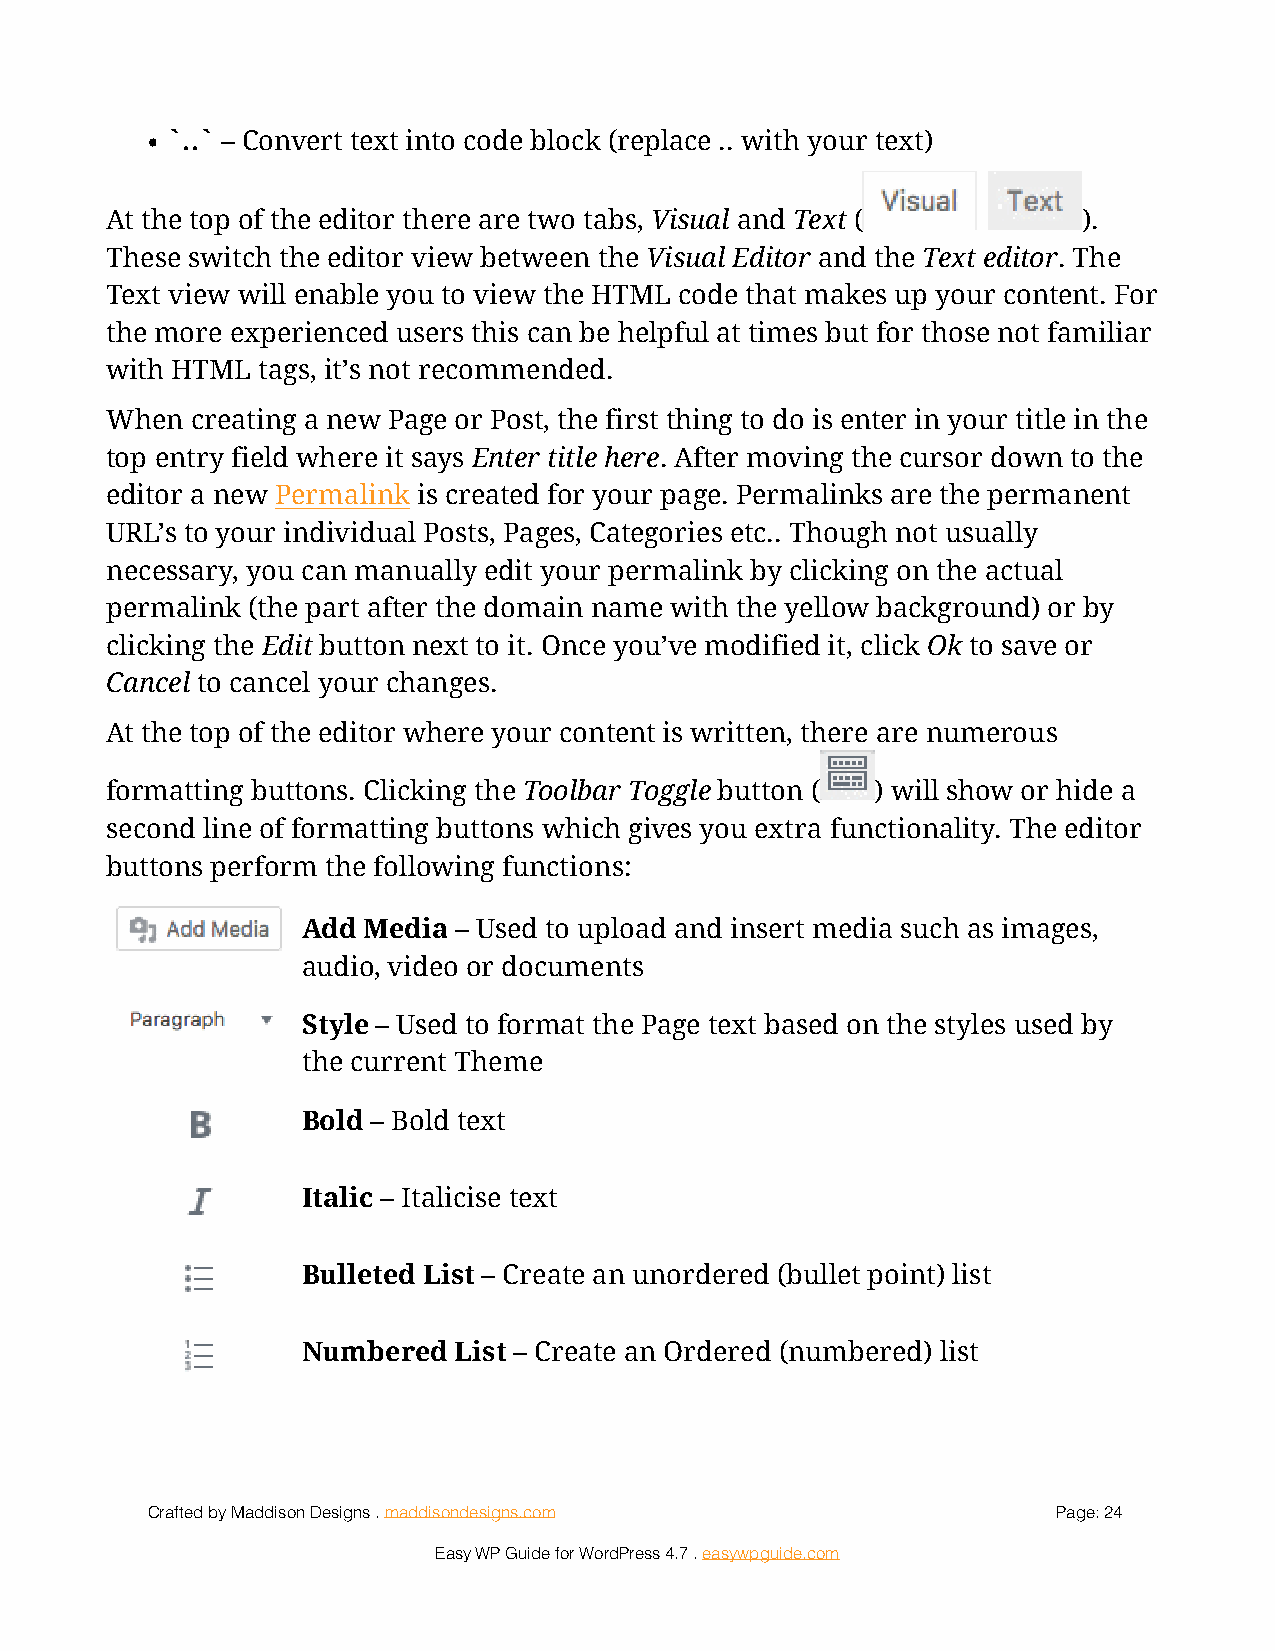
• `..` – Convert text into code block (replace .. with your text)
 At the top of the editor there are two tabs, Visual and Text (!  ).
 These switch the editor view between the Visual Editor and the Text editor. The
 Text view will enable you to view the HTML code that makes up your content. For
 the more experienced users this can be helpful at times but for those not familiar
 with HTML tags, it’s not recommended.
 When  creating a new Page or Post, the first thing to do is enter in your title in the
 top entry field where it says Enter title here. After moving the cursor down to the
 editor a new Permalink is created for your page. Permalinks are the permanent
 URL’s to your individual Posts, Pages, Categories etc.. Though not usually
 necessary, you can manually edit your permalink by clicking on the actual
 permalink (the part after the domain name with the yellow background) or by
 clicking the Edit button next to it. Once you’ve modified it, click Ok to save or
 Cancel to cancel your changes.
 At the top of the editor where your content is written, there are numerous
 formatting buttons. Clicking the Toolbar Toggle button (! ) will show or hide a
 second line of formatting buttons which gives you extra functionality. The editor
 buttons perform the following functions:
 Add Media – Used to upload and insert media such as images,
 !
 audio, video or documents
 !           Style – Used to format the Page text based on the styles used by
 the current Theme
 Bold – Bold text
 !
 Italic – Italicise text
 !
 Bulleted List – Create an unordered (bullet point) list
 !
 Numbered  List – Create an Ordered (numbered) list
 !
 Crafted by Maddison Designs . maddisondesigns.com           Page: 2 4
 Easy WP Guide for WordPress 4.7 . easywpguide.com